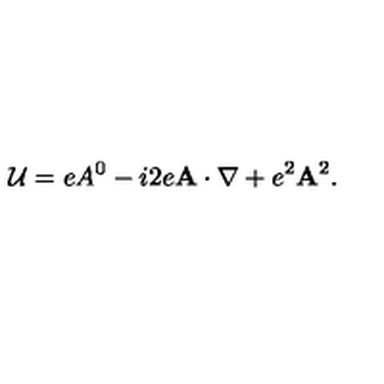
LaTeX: { \cal U } = e A ^ { 0 } - i 2 e { \bf A \cdot \nabla } + e ^ { 2 } { \bf A } ^ { 2 } .